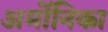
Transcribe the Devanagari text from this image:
अर्मोनिका